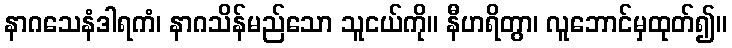
နာဂသေနံဒါရကံ၊ နာဂသိန်မည်သော သူငယ်ကို။ နီဟရိတွာ၊ လူဘောင်မှထုတ်၍။